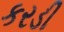
કરડી